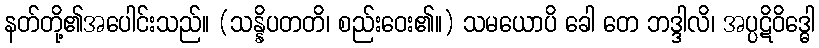
နတ်တို့၏အပေါင်းသည်။ (သန္နိပတတိ၊ စည်းဝေး၏။) သမယောပိ ခေါ တေ ဘဒ္ဒါလိ၊ အပ္ပဋိဝိဒ္ဓေါ